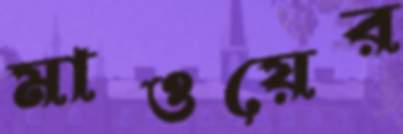
মাওয়ের